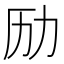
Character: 𠠿